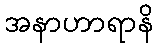
အနာဟာရာနိ